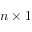
n \times 1